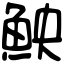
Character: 䱀